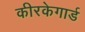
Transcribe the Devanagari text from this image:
कीरकेगार्ड